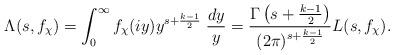
LaTeX: \begin{align*}\Lambda(s, f_\chi)=\int_0^\infty f_\chi(iy) y^{s+\frac{k-1}{2}} \; \frac{dy}{y}=\frac{\Gamma\left(s+\frac{k-1}{2}\right)}{(2\pi)^{s+\frac{k-1}{2}}} L(s, f_\chi).\end{align*}